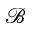
\mathcal { B }